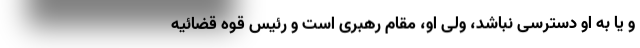
و یا به او دسترسی نباشد، ولی او، مقام رهبری است و رئیس قوه قضائیه